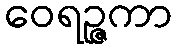
ဝေရဉ္ဇကာ